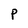
Character: P